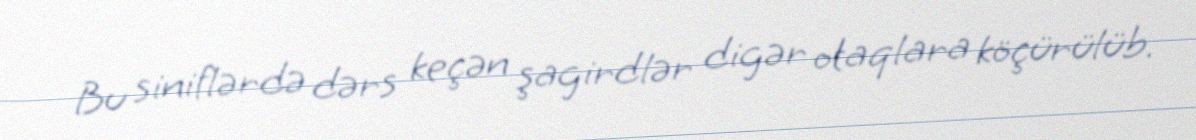
Bu siniflərdə dərs keçən şagirdlər digər otaqlara köçürülüb.